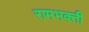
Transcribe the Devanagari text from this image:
रामभक्ती